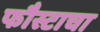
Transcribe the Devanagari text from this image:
फौस्टाचा